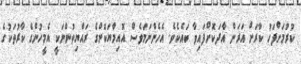
ކުރުމަށްފަހު ކާރަށް އަރަން އާދަކޮށްފައިވާ ބައެކެވެ. އެހެންނަމަވެސް އޮއިމްޔަކޮންގެ ރައްޔިތުންނަކީ އެމީހުންގެ ކާރުތަކުގެ